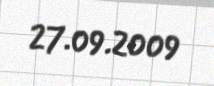
27.09.2009